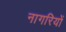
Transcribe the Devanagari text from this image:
नागरियों